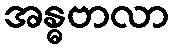
အန္ဓဗာလာ